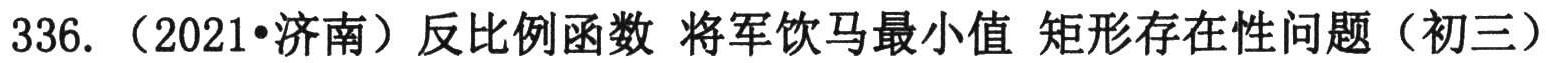
336.（2021•济南）反比例函数 将军饮马最小值 矩形存在性问题（初三）